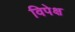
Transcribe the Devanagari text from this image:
विपेक्ष